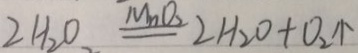
2 H _ { 2 } O \xlongequal { M n O _ { 2 } } 2 H _ { 2 } O + O _ { 2 } \uparrow